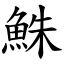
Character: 鮢